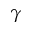
\gamma